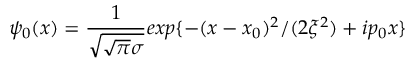
\psi _ { 0 } ( x ) = \frac { 1 } { \sqrt { \sqrt { \pi } \sigma } } e x p \{ - ( x - x _ { 0 } ) ^ { 2 } / ( 2 \xi ^ { 2 } ) + i p _ { 0 } x \}